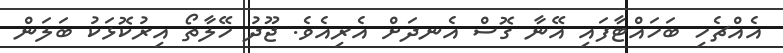
އެއްޗެހި ބަހައްޓާފައި އޭނާ ގޮސް އެނދަށް އެރިއެވެ. ޖޫދު ހޭލާތޯ އިރުކޮޅަކު ބަލަން